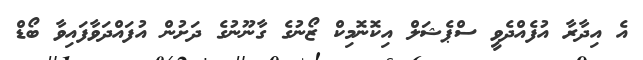
އެ އިދާރާ އުފެއްދެވީ ސްޕެޝަލް އިކޮނޮމިކް ޒޯނުގެ ގާނޫނުގެ ދަށުން އުފައްދަވާފައިވާ ބޯޑް